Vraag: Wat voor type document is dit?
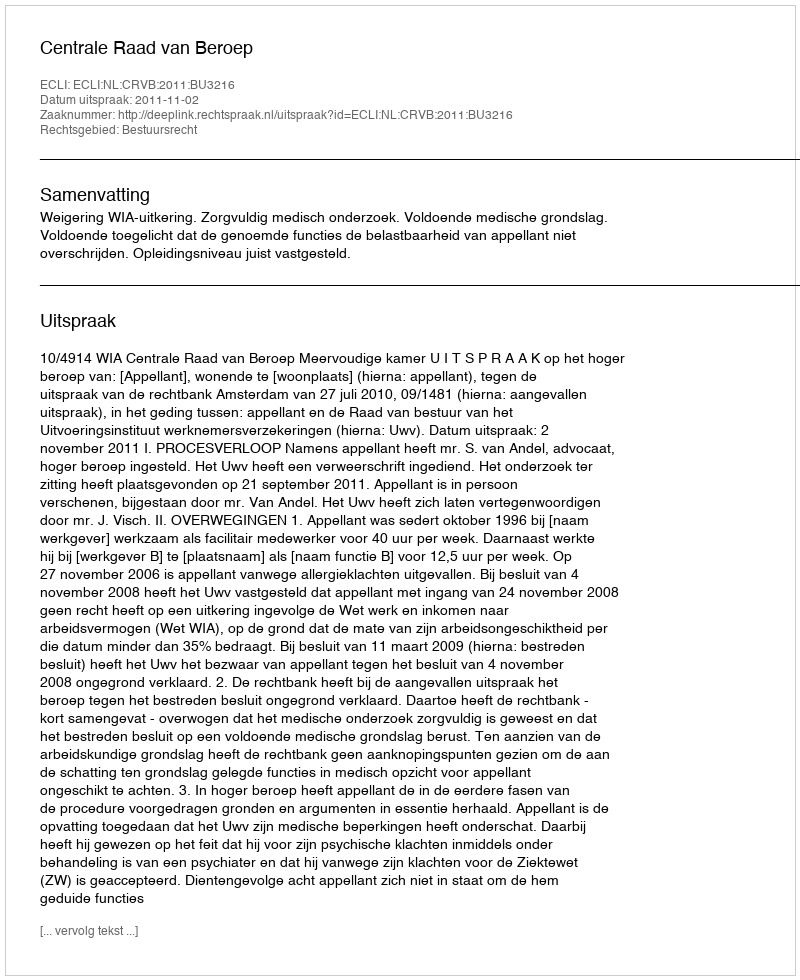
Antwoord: Uitspraak